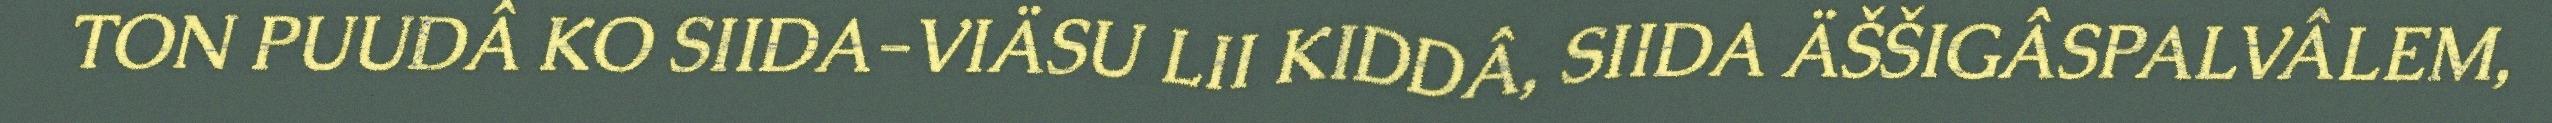
TON PUUDÂ KO SIIDA-VIÄSU LII KIDDÂ, SIIDA ÄŠŠIGÂSPALVÂLEM,